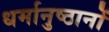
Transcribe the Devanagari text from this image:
धर्मानुष्ठानों